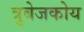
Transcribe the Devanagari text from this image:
त्रुबेजकोय